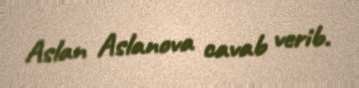
Aslan Aslanova cavab verib.